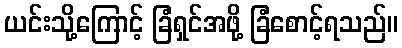
ယင်းသို့ကြောင့် ခြံရှင်အဖို့ ခြံစောင့်ရသည်။